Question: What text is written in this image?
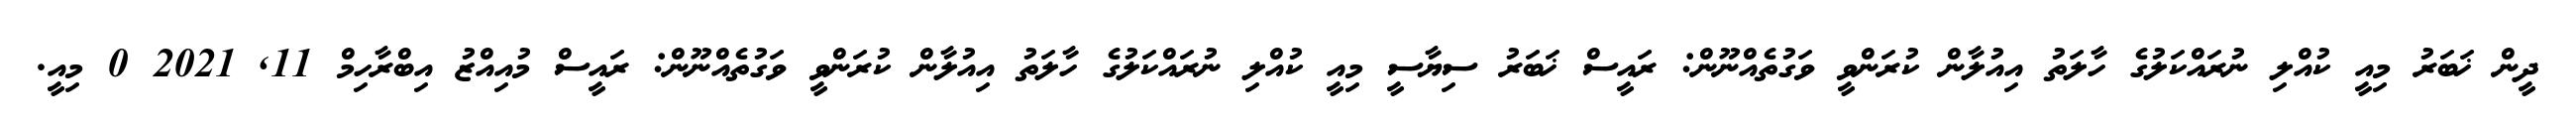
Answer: ދީން ޚަބަރު މިއީ ކުއްލި ނުރައްކަލުގެ ހާލަތު އިއުލާން ކުރަންވީ ވަގުތެއްނޫން: ރައީސް ޚަބަރު ސިޔާސީ މިއީ ކުއްލި ނުރައްކަލުގެ ހާލަތު އިއުލާން ކުރަންވީ ވަގުތެއްނޫން: ރައީސް މުއިއްޒު އިބްރާހިމް 11, 2021 0 މިއީ.